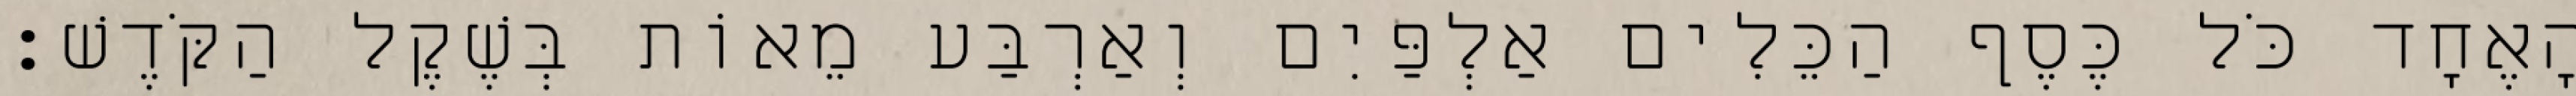
הָאֶחָד כֹּל כֶּסֶף הַכֵּלִים אַלְפַּיִם וְאַרְבַּע מֵאוֹת בְּשֶׁקֶל הַקֹּדֶשׁ׃